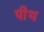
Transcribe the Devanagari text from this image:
पीथ